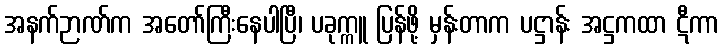
အနက်ဉာဏ်က အတော်ကြီးနေပါပြီ၊ ပခုက္ကူ ပြန်ဖို့ မှန်းတာက ပဋ္ဌာန်း အဋ္ဌကထာ ဋီကာ